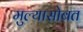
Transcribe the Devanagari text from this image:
मुल्यासोबत